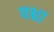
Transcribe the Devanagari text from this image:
पश्चा